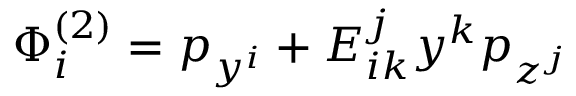
\Phi _ { i } ^ { \left( 2 \right) } = p _ { y ^ { i } } + E _ { i k } ^ { j } y ^ { k } p _ { z ^ { j } }